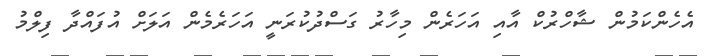
އެހެންކަމުން ޝާހްރުކް އާއި އަހަރެން މިހާރު ގަސްދުކުރަނީ އަހަރެމެން އަލަށް އުފައްދާ ފިލްމު